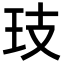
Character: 𭸷